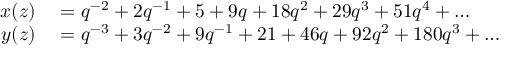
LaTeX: \begin{array} { r l } { x ( z ) } & { { } = q ^ { - 2 } + 2 q ^ { - 1 } + 5 + 9 q + 1 8 q ^ { 2 } + 2 9 q ^ { 3 } + 5 1 q ^ { 4 } + \ldots } \\ { y ( z ) } & { { } = q ^ { - 3 } + 3 q ^ { - 2 } + 9 q ^ { - 1 } + 2 1 + 4 6 q + 9 2 q ^ { 2 } + 1 8 0 q ^ { 3 } + \ldots } \end{array}